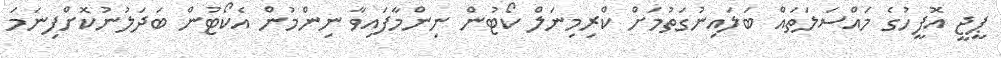
ޕީޖީ އޮފީހުގެ މައްސަލަތައް ބަލައިނުގަތުމަށް ކްރިމިނަލް ކޯޓުން ނިންމާފައިވާ ނިންމުން އެކޯޓުން ބަދަލުނުކޮށްފިނަމަ